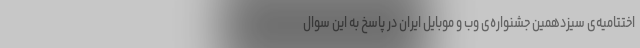
اختتامیه‌ی سیزدهمین جشنواره‌ی وب و موبایل ایران در پاسخ به این سوال